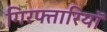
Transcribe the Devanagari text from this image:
गिरफ्तारियॉ